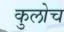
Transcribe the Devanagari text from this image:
कुलोच